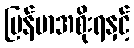
မြန်မာအစိုးရနှင့်